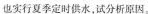
也实行夏季定时供水，试分析原因。